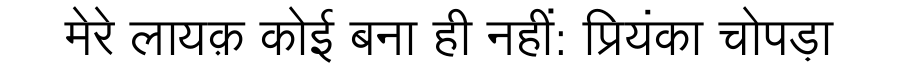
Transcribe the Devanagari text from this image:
मेरे लायक़ कोई बना ही नहीं: प्रियंका चोपड़ा